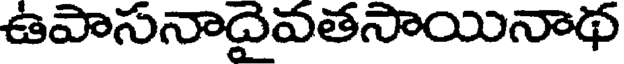
ఉపాసనాదైవతసాయినాథ